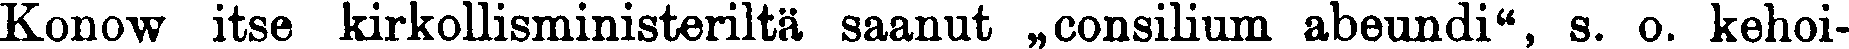
Konow itse kirkollisministeriltä saanut „consilium abeundi", s. o. kehoi-